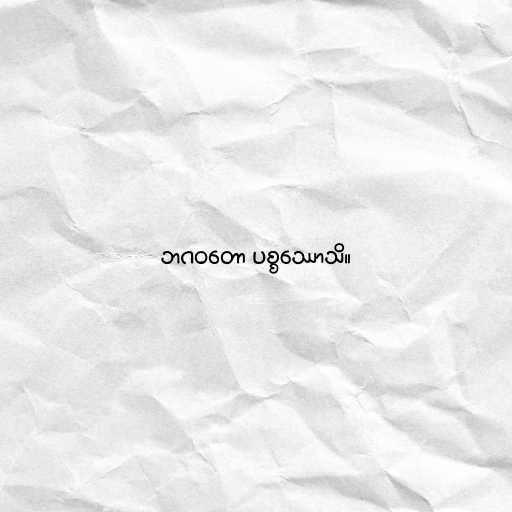
ဘဂဝတော ပစ္စဿောသိ။